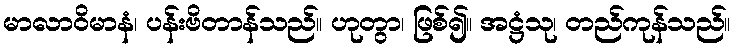
မာလာဝိမာနံ၊ ပန်းဗိတာန်သည်။ ဟုတွာ၊ ဖြစ်၍။ အဋ္ဌံသု၊ တည်ကုန်သည်။